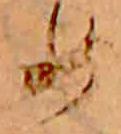
め